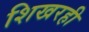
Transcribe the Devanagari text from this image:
शिखरही